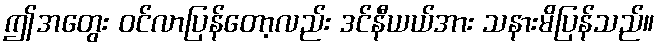
ဤအတွေး ဝင်လာပြန်တော့လည်း ဒင်နီယယ်အား သနားမိပြန်သည်။